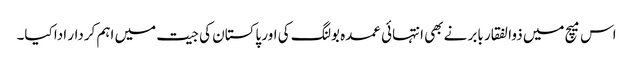
اس میچ میں ذوالفقار بابر نے بھی انتہائی عمدہ بولنگ کی اور پاکستان کی جیت میں اہم کردار ادا کیا۔